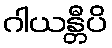
ဂါယန္တီပိ